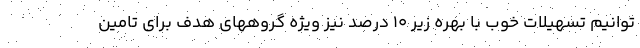
توانیم تسهیلات خوب با بهره زیر ۱۰ درصد نیز ویژه گروههای هدف برای تامین